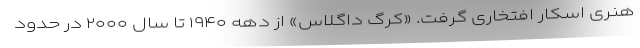
هنری اسکار افتخاری گرفت. «کرگ داگلاس» از دهه ۱۹۴۰ تا سال ۲۰۰۰ در حدود